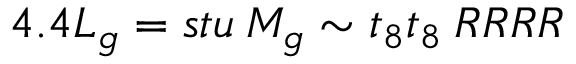
4 . 4 L _ { g } = s t u \: M _ { g } \sim t _ { 8 } t _ { 8 } \: R R R R